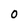
Character: O